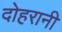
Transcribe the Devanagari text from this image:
दोहरानी